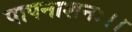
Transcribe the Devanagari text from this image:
पापनाशनः।।